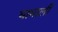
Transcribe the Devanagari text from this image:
घामाली